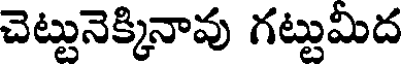
చెట్టునెక్కినావు గట్టుమీద